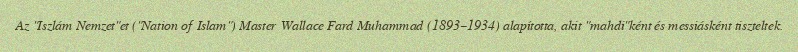
Az "Iszlám Nemzet"et ("Nation of Islam") Master Wallace Fard Muhammad (1893–1934) alapította, akit "mahdi"ként és messiásként tiszteltek.